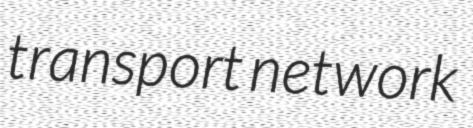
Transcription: transport network